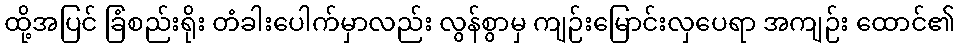
ထို့အပြင် ခြံစည်းရိုး တံခါးပေါက်မှာလည်း လွန်စွာမှ ကျဉ်းမြောင်းလှပေရာ အကျဉ်း ထောင်၏